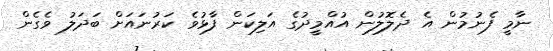
ނާމީ ފެނުމުން އެ ދެލޮލުން އުއްމީދުގެ އަލިކަން ފާޅުވެ ކަރުނައަށް ބަދަލު ވެގެން